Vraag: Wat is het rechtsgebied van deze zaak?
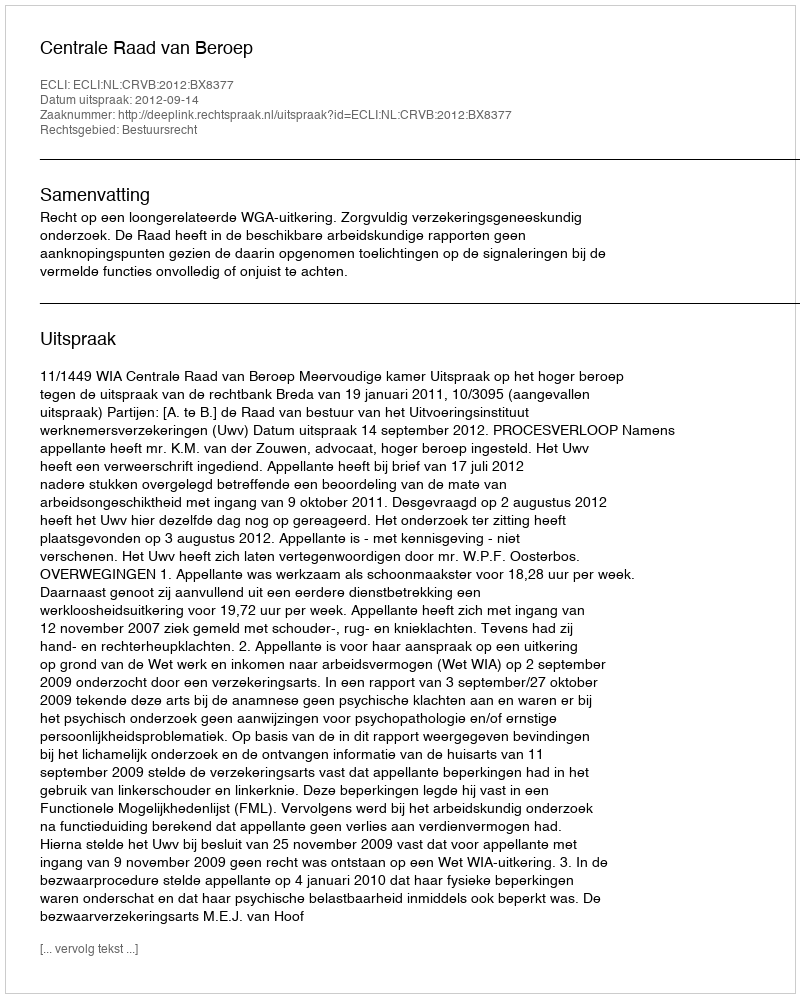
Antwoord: Bestuursrecht